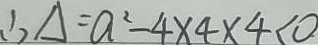
\therefore \Delta = a ^ { 2 } - 4 \times 4 \times 4 < 0